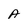
Character: A